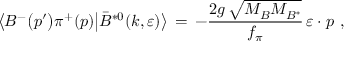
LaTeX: \bigl \langle B ^ { - } \bigl ( p ^ { \prime } \bigr ) \pi ^ { + } ( p ) \bigr | \bar { B } ^ { * 0 } ( k , \varepsilon ) \bigr \rangle \, = \, - { \frac { 2 g \, \sqrt { M _ { B } ^ { } M _ { B ^ { * } } ^ { } } } { f _ { \pi } ^ { } } } \, \varepsilon \cdot p ^ { } \, \, ,